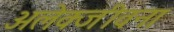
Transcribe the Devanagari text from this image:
अलेक्जीवना